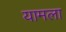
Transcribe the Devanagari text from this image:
यामला